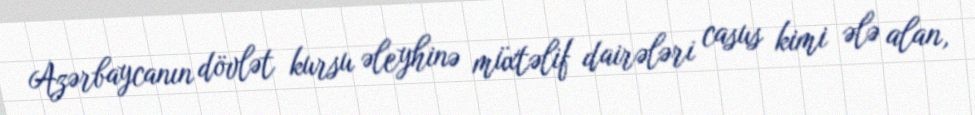
Azərbaycanın dövlət kursu əleyhinə müxtəlif dairələri casus kimi ələ alan,